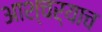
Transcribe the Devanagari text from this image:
आश्चर्याच